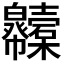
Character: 𢆇